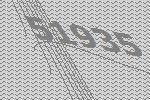
51935